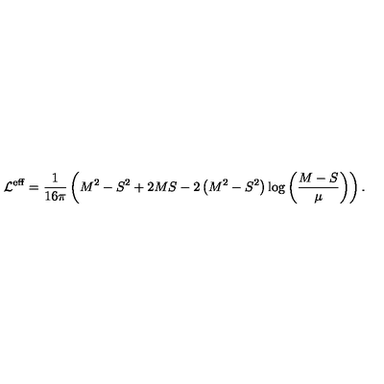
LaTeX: { \cal L } ^ { \mathrm { \scriptsize e f f } } = \frac { 1 } { 1 6 \pi } \left( M ^ { 2 } - S ^ { 2 } + 2 M S - 2 \left( M ^ { 2 } - S ^ { 2 } \right) \log \left( \frac { M - S } { \mu } \right) \right) .